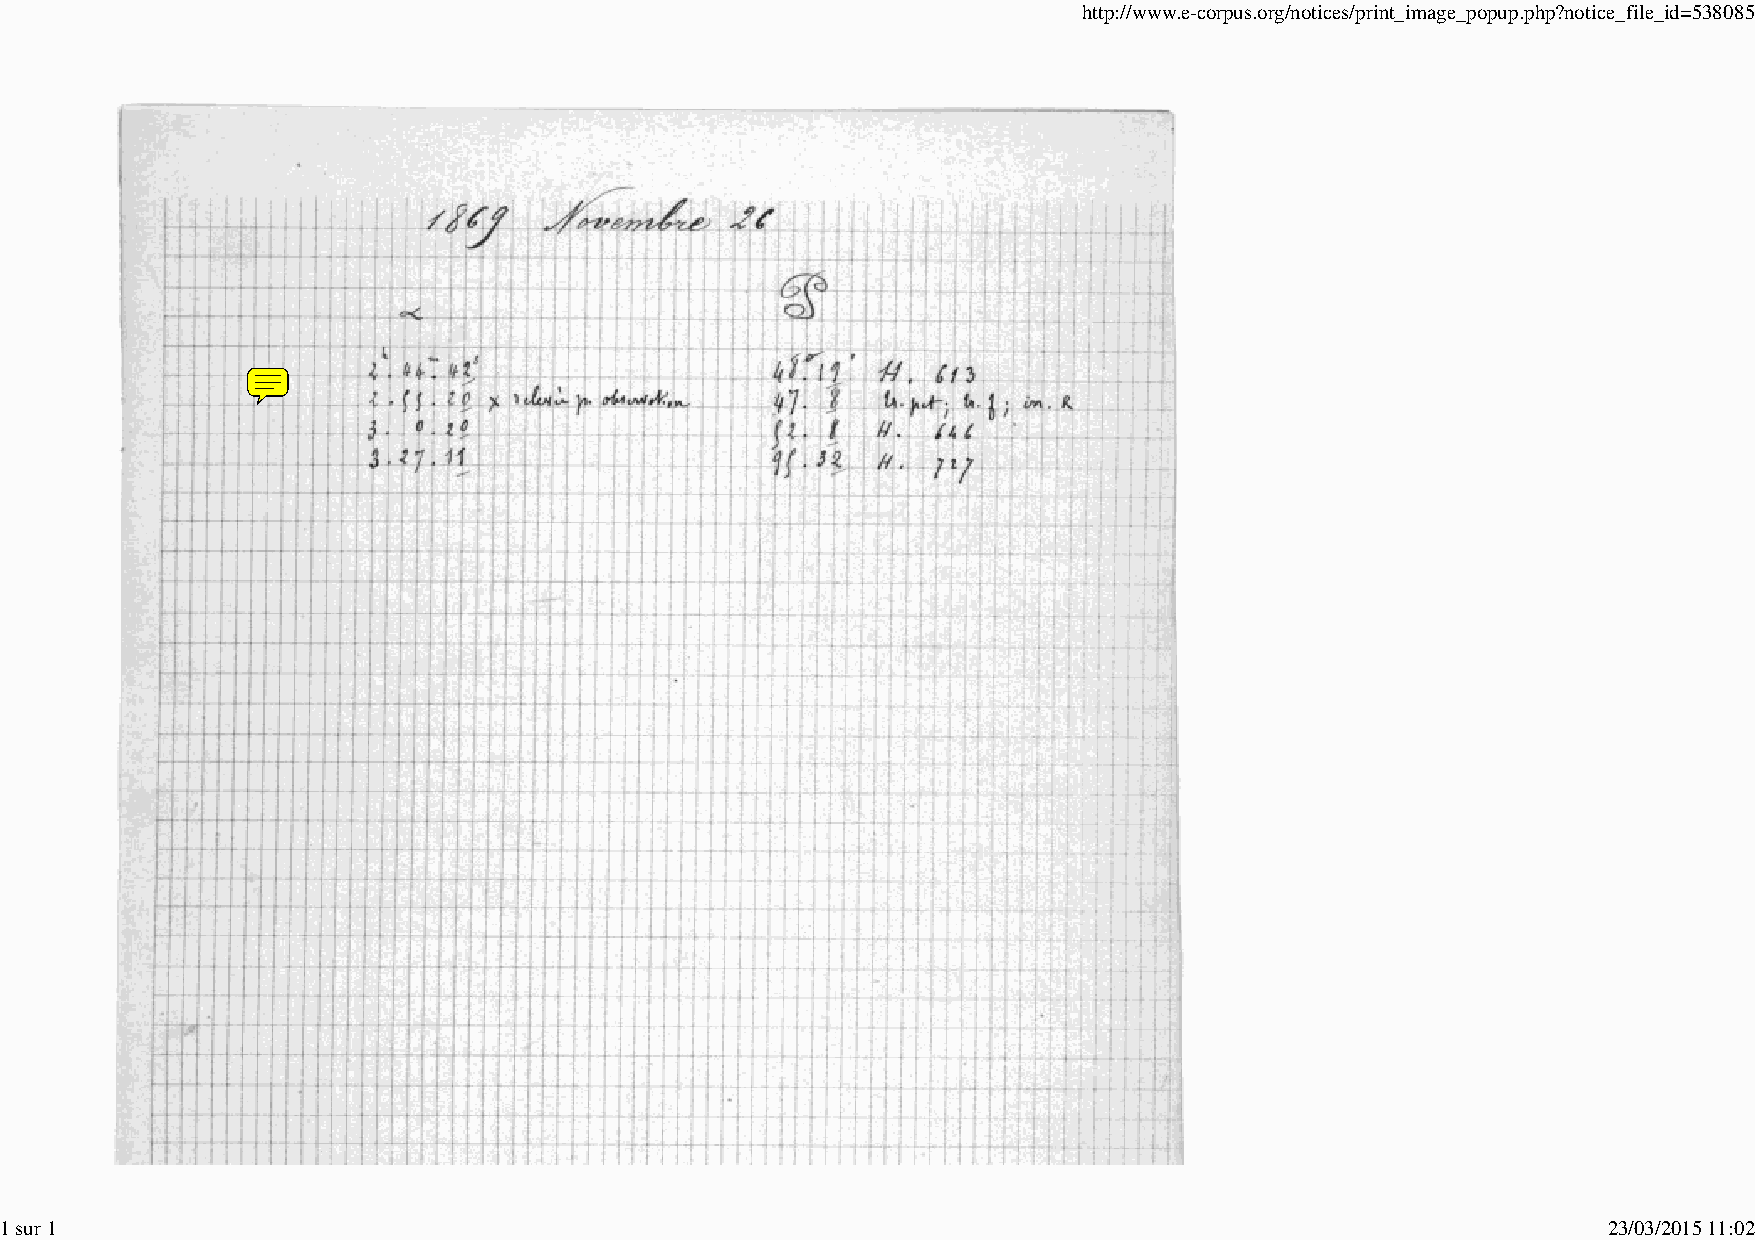
http://www.e-corpus.org/notices/print_image_popup.php?notice_file_id=538085
 1 sur 1                                                                                                   23/03/2015 11:02